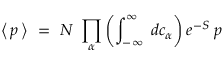
\big < \, { \mit p } \, \big > \ = \ { \cal N } \ \prod _ { \alpha } \left( \int _ { - \infty } ^ { \infty } \; d c _ { \alpha } \right) e ^ { - S } \; { \mit p }